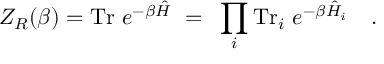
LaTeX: Z _ { R } ( \beta ) = \mathrm { T r } ~ e ^ { - \beta \hat { H } } ~ = ~ \prod _ { i } \mathrm { T r } _ { i } ~ e ^ { - \beta \hat { H } _ { i } } ~ ~ ~ .